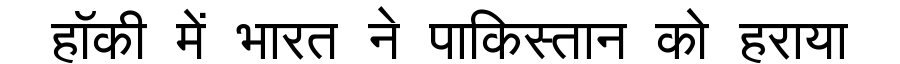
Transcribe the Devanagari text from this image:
हॉकी में भारत ने पाकिस्तान को हराया